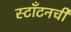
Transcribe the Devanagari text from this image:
स्टाँटनची